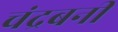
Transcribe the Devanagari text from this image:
चंद्रबनी